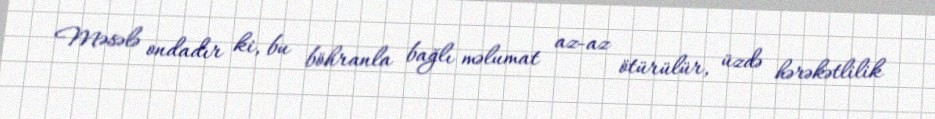
Məsələ ondadır ki, bu böhranla bağlı məlumat az-az ötürülür, üzdə hərəkətlilik